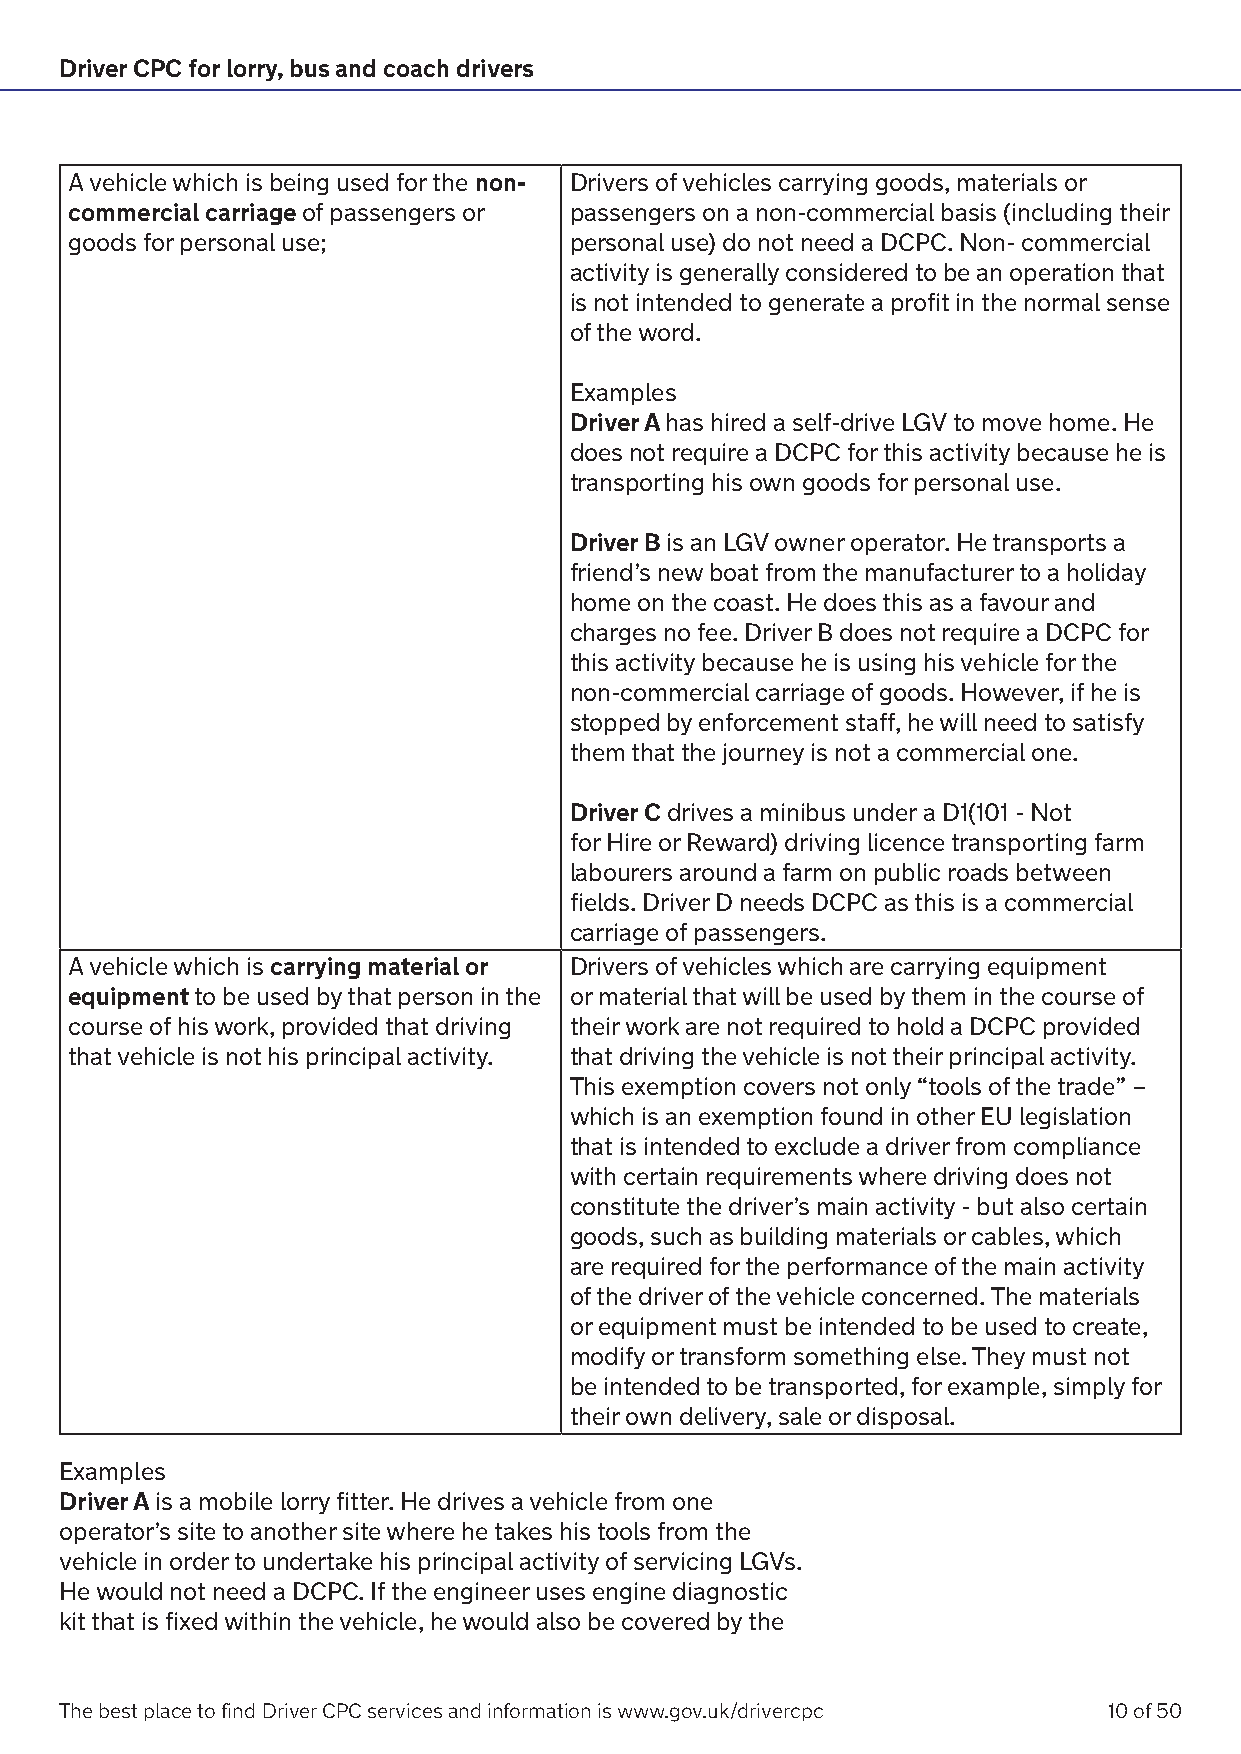
Driver CPC for lorry, bus and coach drivers
 A vehicle which is being used for the non- Drivers of vehicles carrying goods, materials or
 commercial carriage of passengers or passengers on a non-commercial basis (including their
 goods for personal use;          personal use) do not need a DCPC. Non- commercial
 activity is generally considered to be an operation that
 is not intended to generate a profit in the normal sense
 of the word.
 Examples
 Driver A has hired a self-drive LGV to move home. He
 does not require a DCPC for this activity because he is
 transporting his own goods for personal use.
 Driver B is an LGV owner operator. He transports a
 friend’s new boat from the manufacturer to a holiday
 home on the coast. He does this as a favour and
 charges no fee. Driver B does not require a DCPC for
 this activity because he is using his vehicle for the
 non-commercial carriage of goods. However, if he is
 stopped by enforcement staff, he will need to satisfy
 them that the journey is not a commercial one.
 Driver C drives a minibus under a D1(101 - Not
 for Hire or Reward) driving licence transporting farm
 labourers around a farm on public roads between
 fields. Driver D needs DCPC as this is a commercial
 carriage of passengers.
 A vehicle which is carrying material or Drivers of vehicles which are carrying equipment
 equipment to be used by that person in the or material that will be used by them in the course of
 course of his work, provided that driving their work are not required to hold a DCPC provided
 that vehicle is not his principal activity. that driving the vehicle is not their principal activity.
 This exemption covers not only “tools of the trade” –
 which is an exemption found in other EU legislation
 that is intended to exclude a driver from compliance
 with certain requirements where driving does not
 constitute the driver’s main activity - but also certain
 goods, such as building materials or cables, which
 are required for the performance of the main activity
 of the driver of the vehicle concerned. The materials
 or equipment must be intended to be used to create,
 modify or transform something else. They must not
 be intended to be transported, for example, simply for
 their own delivery, sale or disposal.
 Examples
 Driver A is a mobile lorry fitter. He drives a vehicle from one
 operator’s site to another site where he takes his tools from the
 vehicle in order to undertake his principal activity of servicing LGVs.
 He would not need a DCPC. If the engineer uses engine diagnostic
 kit that is fixed within the vehicle, he would also be covered by the
 The best place to find Driver CPC services and information is www.gov.uk/drivercpc 10 of 50